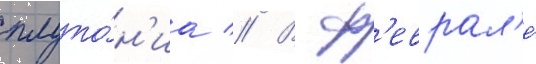
плуто́н'иа // В ф'еврал'е́